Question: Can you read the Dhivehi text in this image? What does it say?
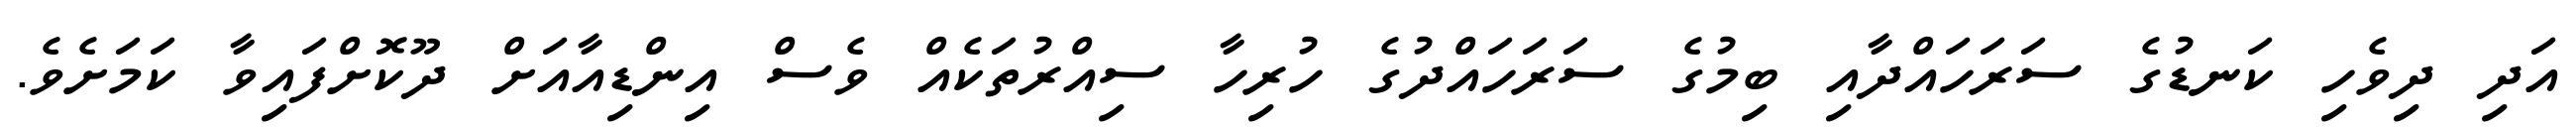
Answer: އަދި ދިވެހި ކަނޑުގެ ސަރަހައްދާއި ބިމުގެ ސަރަހައްދުގެ ހުރިހާ ސިއްރުތަކެއް ވެސް އިންޑިއާއަށް ދޫކޮށްފައިވާ ކަމަށެވެ.